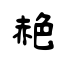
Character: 赩